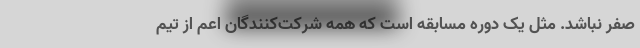
صفر نباشد. مثل یک دوره مسابقه است که همه شرکت‌کنندگان اعم از تیم